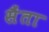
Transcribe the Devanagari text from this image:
सैंता